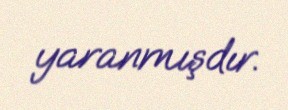
yaranmışdır.